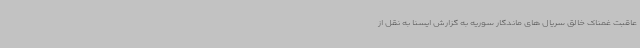
عاقبت غمناک خالق سریال های ماندگار سوریه به گزارش ایسنا به نقل از